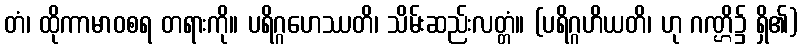
တံ၊ ထိုကာမာဝစရ တရားကို။ ပရိဂ္ဂဟေဿတိ၊ သိမ်းဆည်းလတ္တံ။ (ပရိဂ္ဂဟိယတိ၊ ဟု ဂဏ္ဌိ၌ ရှိ၏)